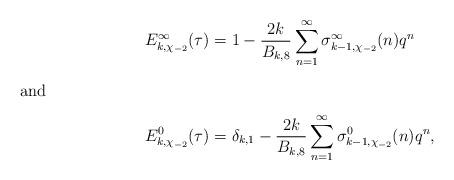
LaTeX: \begin{align*}E_{k,\chi_{-2}}^{\infty}(\tau)&=1-\frac{2k}{B_{k,8}}\sum_{n=1}^{\infty}\sigma_{k-1,\chi_{-2}}^{\infty}(n)q^{n}\intertext{and}E_{k,\chi_{-2}}^{0}(\tau)&=\delta_{k,1}-\frac{2k}{B_{k,8}}\sum_{n=1}^{\infty}\sigma_{k-1,\chi_{-2}}^{0}(n)q^{n},\end{align*}